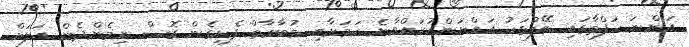
އަންނަ ހަފްތާގައި ބޭފުޅަކު އައްޔަންކުރައްވާނެ ކަމަށާއި މުބާރާތް ފެށިގެން ގޮސް ނިމެންދެން އަލަށް